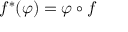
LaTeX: f ^ { * } ( \varphi ) = \varphi \circ f